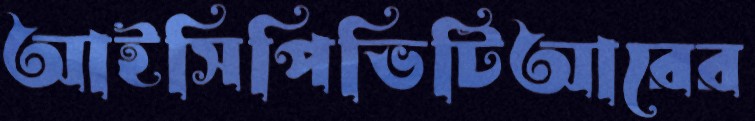
আইসিপিভিটিআরের